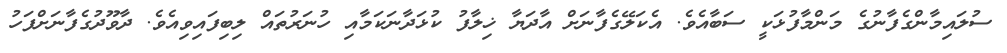
ސުލައިމާންގެފާނުގެ މަންމާފުޅަކީ ސަބާއެވެ. އެކަލޭގެފާނަށް އާދަޔާ ޚިލާފު ކުޅަދާނަކަމާއި ހުނަރުތައް ލިބިފައިވިއެވެ. ދާވޫދުގެފާނަށްފަހު